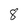
Character: 8